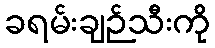
ခရမ်းချဉ်သီးကို